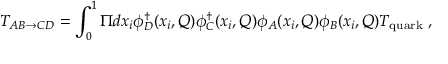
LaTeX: T _ { A B \rightarrow C D } = \int _ { 0 } ^ { 1 } \Pi d x _ { i } \phi _ { D } ^ { \dagger } ( x _ { i } , Q ) \phi _ { C } ^ { \dagger } ( x _ { i } , Q ) \phi _ { A } ( x _ { i } , Q ) \phi _ { B } ( x _ { i } , Q ) T _ { \mathrm { q u a r k } } \; ,